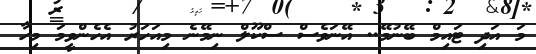
މަ އަދި ޓައިމް ބޭނުމޭ.. އޭނަވެސް ސްކޫލް ނިމޭނެ މިއަހަރު އެހެންވީމަ މިހާ